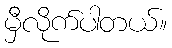
မှီလိုက်ပါတယ်။